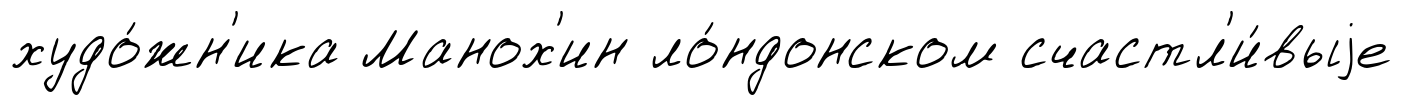
худо́жн'ика Манох'ин ло́ндонском счастл'и́выjе